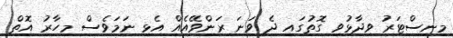
މިނިސްޓަރު ވިދާޅުވި ގޮތުގައި ދެ ވަނަ ރަންވޭއެއް އެޅި ނަމަވެސް މިހާރު އޮތް